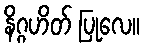
နိဂ္ဂဟိတ် ပြုလေ။